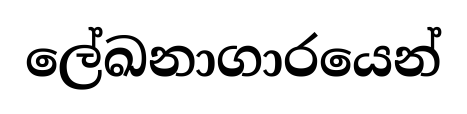
ලේඛනාගාරයෙන්